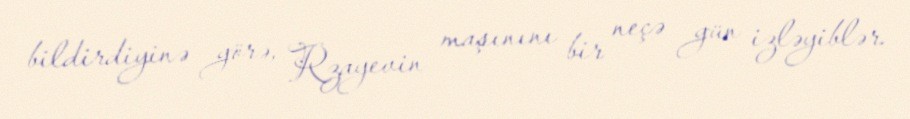
bildirdiyinə görə, Rzayevin maşınını bir neçə gün izləyiblər.